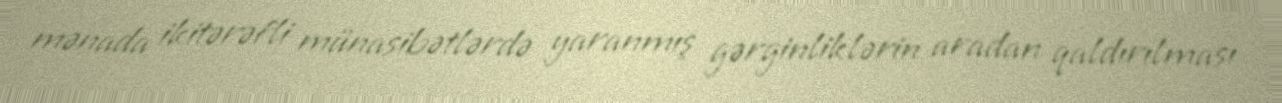
mənada ikitərəfli münasibətlərdə yaranmış gərginliklərin aradan qaldırılması